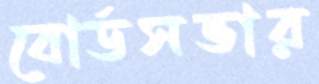
বোর্ডসভার